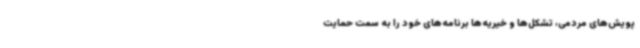
پویش‌های مردمی، تشکل‌ها و خیریه‌ها برنامه‌های خود را به سمت حمایت